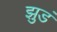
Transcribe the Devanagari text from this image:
झुडं